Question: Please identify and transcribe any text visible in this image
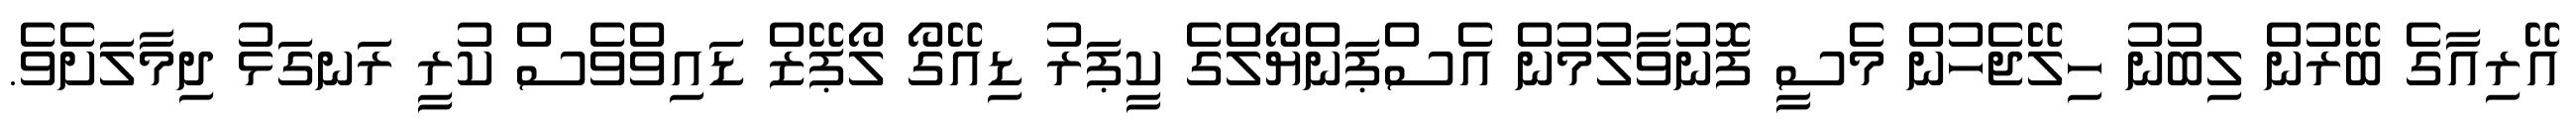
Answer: އޭރިއާގެ ބޭރުން ލިބުނު ހިލޭޖެހުން މެސީ ފޮނުވާލުމުން އެސްޕަންޔޯލްގެ ކީޕަރު ޑިއޭގޯ ލޯޕޭޒް ޑައިވްވެސް ކުރީ ރަނގަޅު ދިމާލަށެވެ.